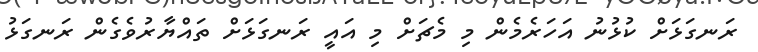
ރަނގަޅަށް ކުޅުނު އަހަރެމެން މި މެޗަށް މި އައީ ރަނގަޅަށް ތައްޔާރުވެގެން ރަނގަޅު